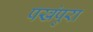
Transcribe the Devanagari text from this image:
पखंपुरा